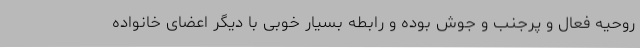
روحیه فعال و پرجنب و جوش بوده و رابطه بسیار خوبی با دیگر اعضای خانواده